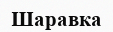
Шаравка